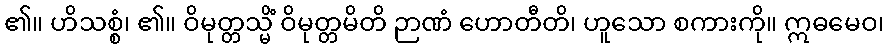
၏။ ဟိသစ္စံ၊ ၏။ ဝိမုတ္တသ္မိံ ဝိမုတ္တမိတိ ဉာဏံ ဟောတီတိ၊ ဟူသော စကားကို။ ဣဓမေဝ၊